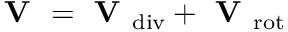
\textbf { V } = \textbf { V } _ { \mathrm { d i v } } + \textbf { V } _ { \mathrm { r o t } }